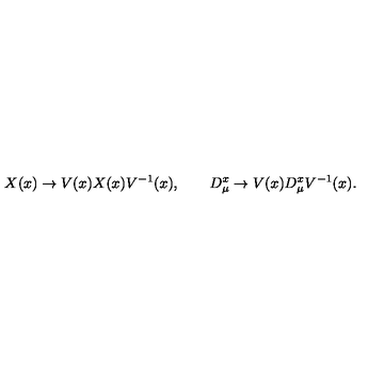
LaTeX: X ( x ) \to V ( x ) X ( x ) V ^ { - 1 } ( x ) , \qquad D _ { \mu } ^ { x } \to V ( x ) D _ { \mu } ^ { x } V ^ { - 1 } ( x ) .